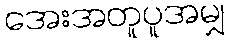
အေးအတူပူအမျှ